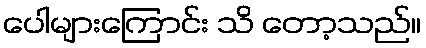
ပေါများကြောင်း သိ တော့သည်။